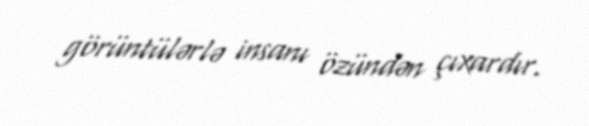
görüntülərlə insanı özündən çıxardır.